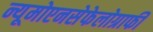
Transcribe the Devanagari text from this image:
न्यूमोएनसेफेलोग्राफी